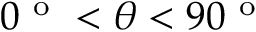
0 ^ { \mathrm { ~ o ~ } } < \theta < 9 0 ^ { \mathrm { ~ o ~ } }